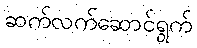
ဆက်လက်ဆောင်ရွက်